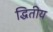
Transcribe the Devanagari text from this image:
द्धितीय